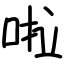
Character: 啦